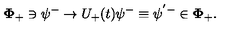
{ \mathbf \Phi } _ { + } \ni \psi ^ { - } \to U _ { + } ( t ) \psi ^ { - } \equiv \psi ^ { ' - } \in { \mathbf \Phi } _ { + } .